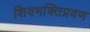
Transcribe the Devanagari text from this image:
शिवभक्तिप्रवण